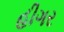
હીગર